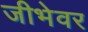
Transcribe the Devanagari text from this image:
जीभेवर